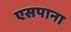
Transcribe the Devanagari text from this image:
एसपाना